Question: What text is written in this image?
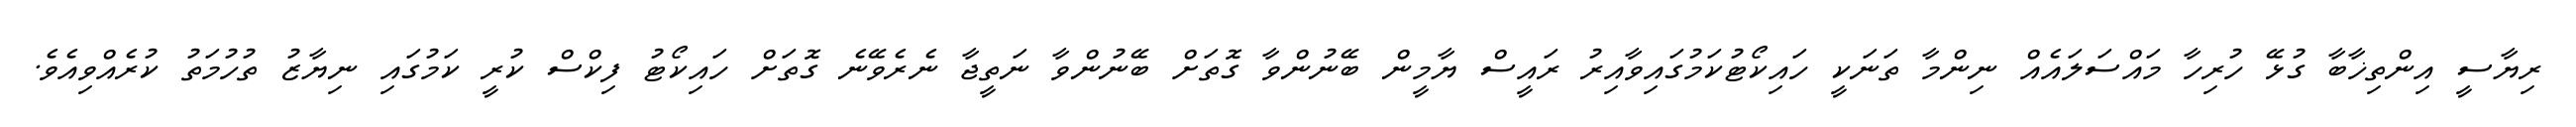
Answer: ރިޔާސީ އިންތިޚާބާ ގުޅޭ ހުރިހާ މައްސަލައެއް ނިންމާ ތަނަކީ ހައިކޯޓުކަމުގައިވާއިރު ރައީސް ޔާމީން ބޭނުންވާ ގޮތަށް ބޭނުންވާ ނަތީޖާ ނެރެވޭނެ ގޮތަށް ހައިކޯޓު ފިކްސް ކުރީ ކަމުގައި ނިޔާޒު ތުހުމަތު ކުރެއްވިއެވެ.